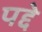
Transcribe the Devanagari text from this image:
पद्दे